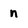
Character: n